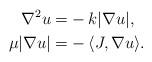
LaTeX: \begin{align*} \nabla^2u=&-k|\nabla u|,\\ \mu|\nabla u|=&-\langle J,\nabla u\rangle.\end{align*}